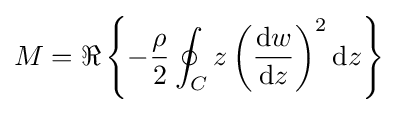
M=\Re \left\{-{\frac {\rho }{2}}\oint _{C}z\left({\frac {\mathrm {d} w}{\mathrm {d} z}}\right)^{2}\mathrm {d} z\right\}